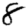
Digit: 8